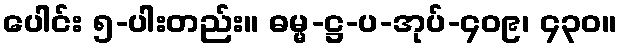
ပေါင်း ၅-ပါးတည်း။ ဓမ္မ-ဋ္ဌ-ပ-အုပ်-၄၀၉၊ ၄၃၀။